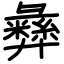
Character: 彝